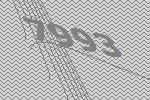
7993